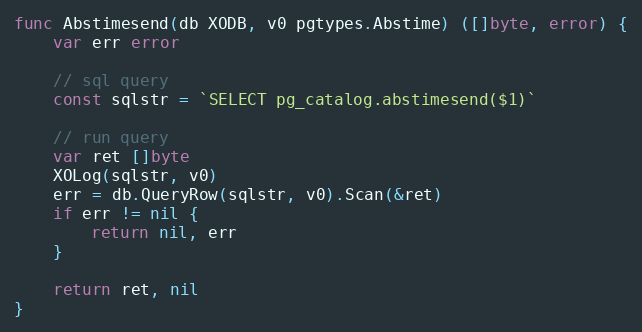
Language: Go
func Abstimesend(db XODB, v0 pgtypes.Abstime) ([]byte, error) {
	var err error

	// sql query
	const sqlstr = `SELECT pg_catalog.abstimesend($1)`

	// run query
	var ret []byte
	XOLog(sqlstr, v0)
	err = db.QueryRow(sqlstr, v0).Scan(&ret)
	if err != nil {
		return nil, err
	}

	return ret, nil
}